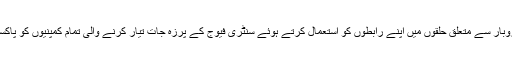
لہذا ڈاکٹر قدیر خان نے سینٹری فیوج کے کاروبار سے متعلق حلقوں میں اپنے رابطوں کو استعمال کرتے ہوئے سنٹری فیوج کے پرزہ جات تیار کرنے والی تمام کمپنیوں کو پاکستان کے مفاد میں استعمال کرنا شروع کر دیا۔